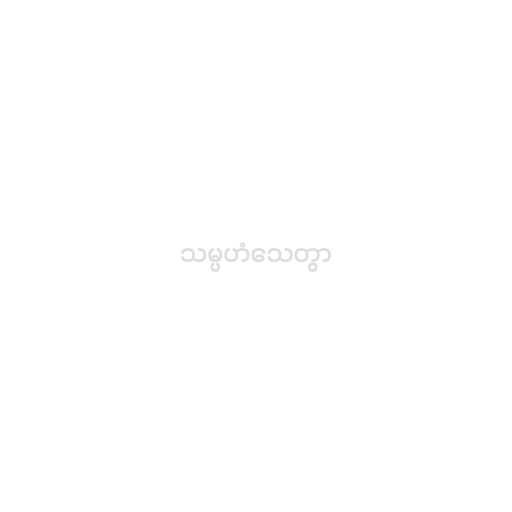
သမ္ပဟံသေတွာ